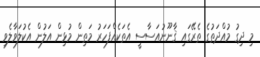
މި ދިގު މުއްދަތުގެ ތެރޭގައި ޤާނޫނުއަސާސީ އެތަކެއްފަހަރު މަތިން މުޅިން އަލުން އެކުލަވާލެވި